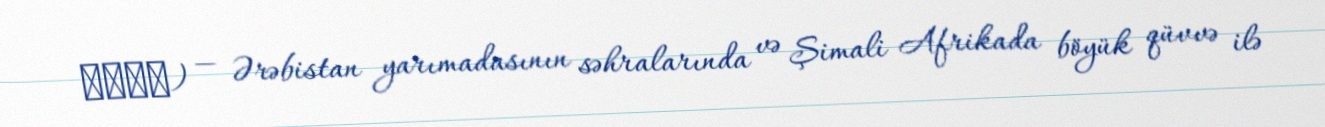
سموم) — Ərəbistan yarımadasının səhralarında və Şimali Afrikada böyük qüvvə ilə